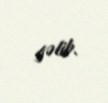
gəlib.